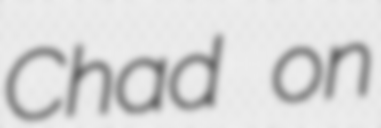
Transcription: Chad on